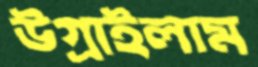
উগ্‌রাইলাম